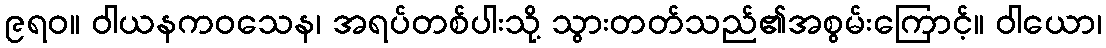
၉ရဝ။ ဝါယနကဝသေန၊ အရပ်တစ်ပါးသို့ သွားတတ်သည်၏အစွမ်းကြောင့်။ ဝါယော၊